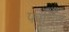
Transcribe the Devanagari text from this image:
फॉनिन